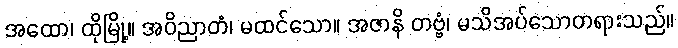
အထော၊ ထိုမြို့။ အဝိညာတံ၊ မထင်သော။ အဇာနိ တဗ္ဗံ၊ မသိအပ်သောတရားသည်။